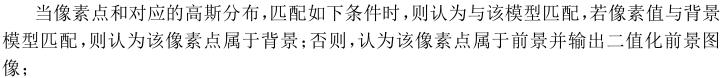
当像素点和对应的高斯分布，匹配如下条件时，则认为与该模型匹配，若像素值与背景模型匹配，则认为该像素点属于背景；否则，认为该像素点属于前景并输出二值化前景图像；